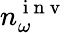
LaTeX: n_{\omega}^{\mathrm{~i~n~v~}}